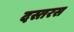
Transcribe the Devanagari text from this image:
दस्तरस